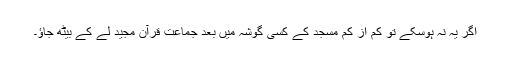
اگر یہ نہ ہوسکے تو کم از کم مسجد کے کسی گوشہ میں بعد جماعت قرآن مجید لے کے بیٹھ جاؤ۔